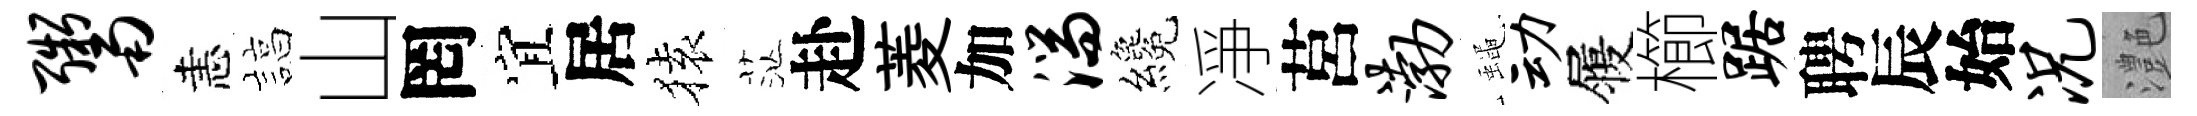
鬻恚諄山罔宜居𫞤茫赴菱加湍纔凈莒渤蠅动履櫛踞聘辰始况灔